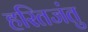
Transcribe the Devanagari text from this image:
हरितजंतु